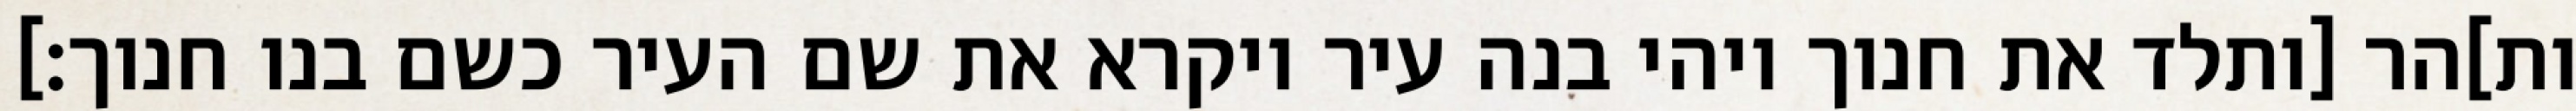
ות]הר [ותלד את חנוך ויהי בנה עיר ויקרא את שם העיר כשם בנו חנוך׃]